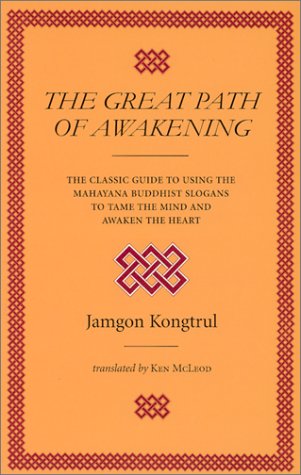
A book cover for The Great Path of Awakening: The Classic Guide to Using the Mahayana Buddhist Slogans to Tame the Mind and Awaken the Heart; Jamgon Kongtrul; Religion & Spirituality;